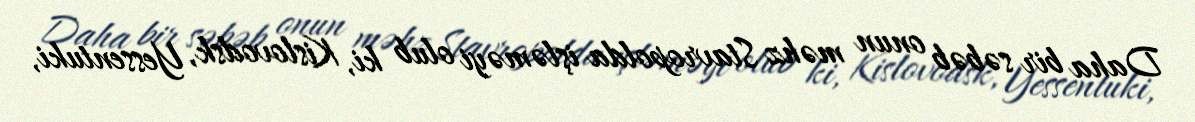
Daha bir səbəb onun məhz Stavropolda işləməyi olub ki, Kislovodsk, Yessentuki,